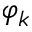
\varphi _ { k }